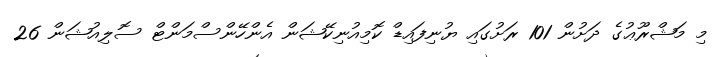
މި މަޝްރޫޢުގެ ދަށުން 101 ރަށުގައި ޔުނިފައިޑް ކޮމިއުނިކޭޝަން އެންހޭންސްމަންޓް ސޮލިއުޝަން 26